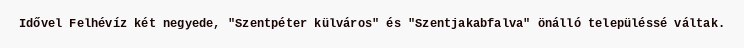
Idővel Felhévíz két negyede, "Szentpéter külváros" és "Szentjakabfalva" önálló településsé váltak.